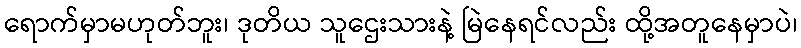
ရောက်မှာမဟုတ်ဘူး၊ ဒုတိယ သူဌေးသားနဲ့ မြဲနေရင်လည်း ထို့အတူနေမှာပဲ၊